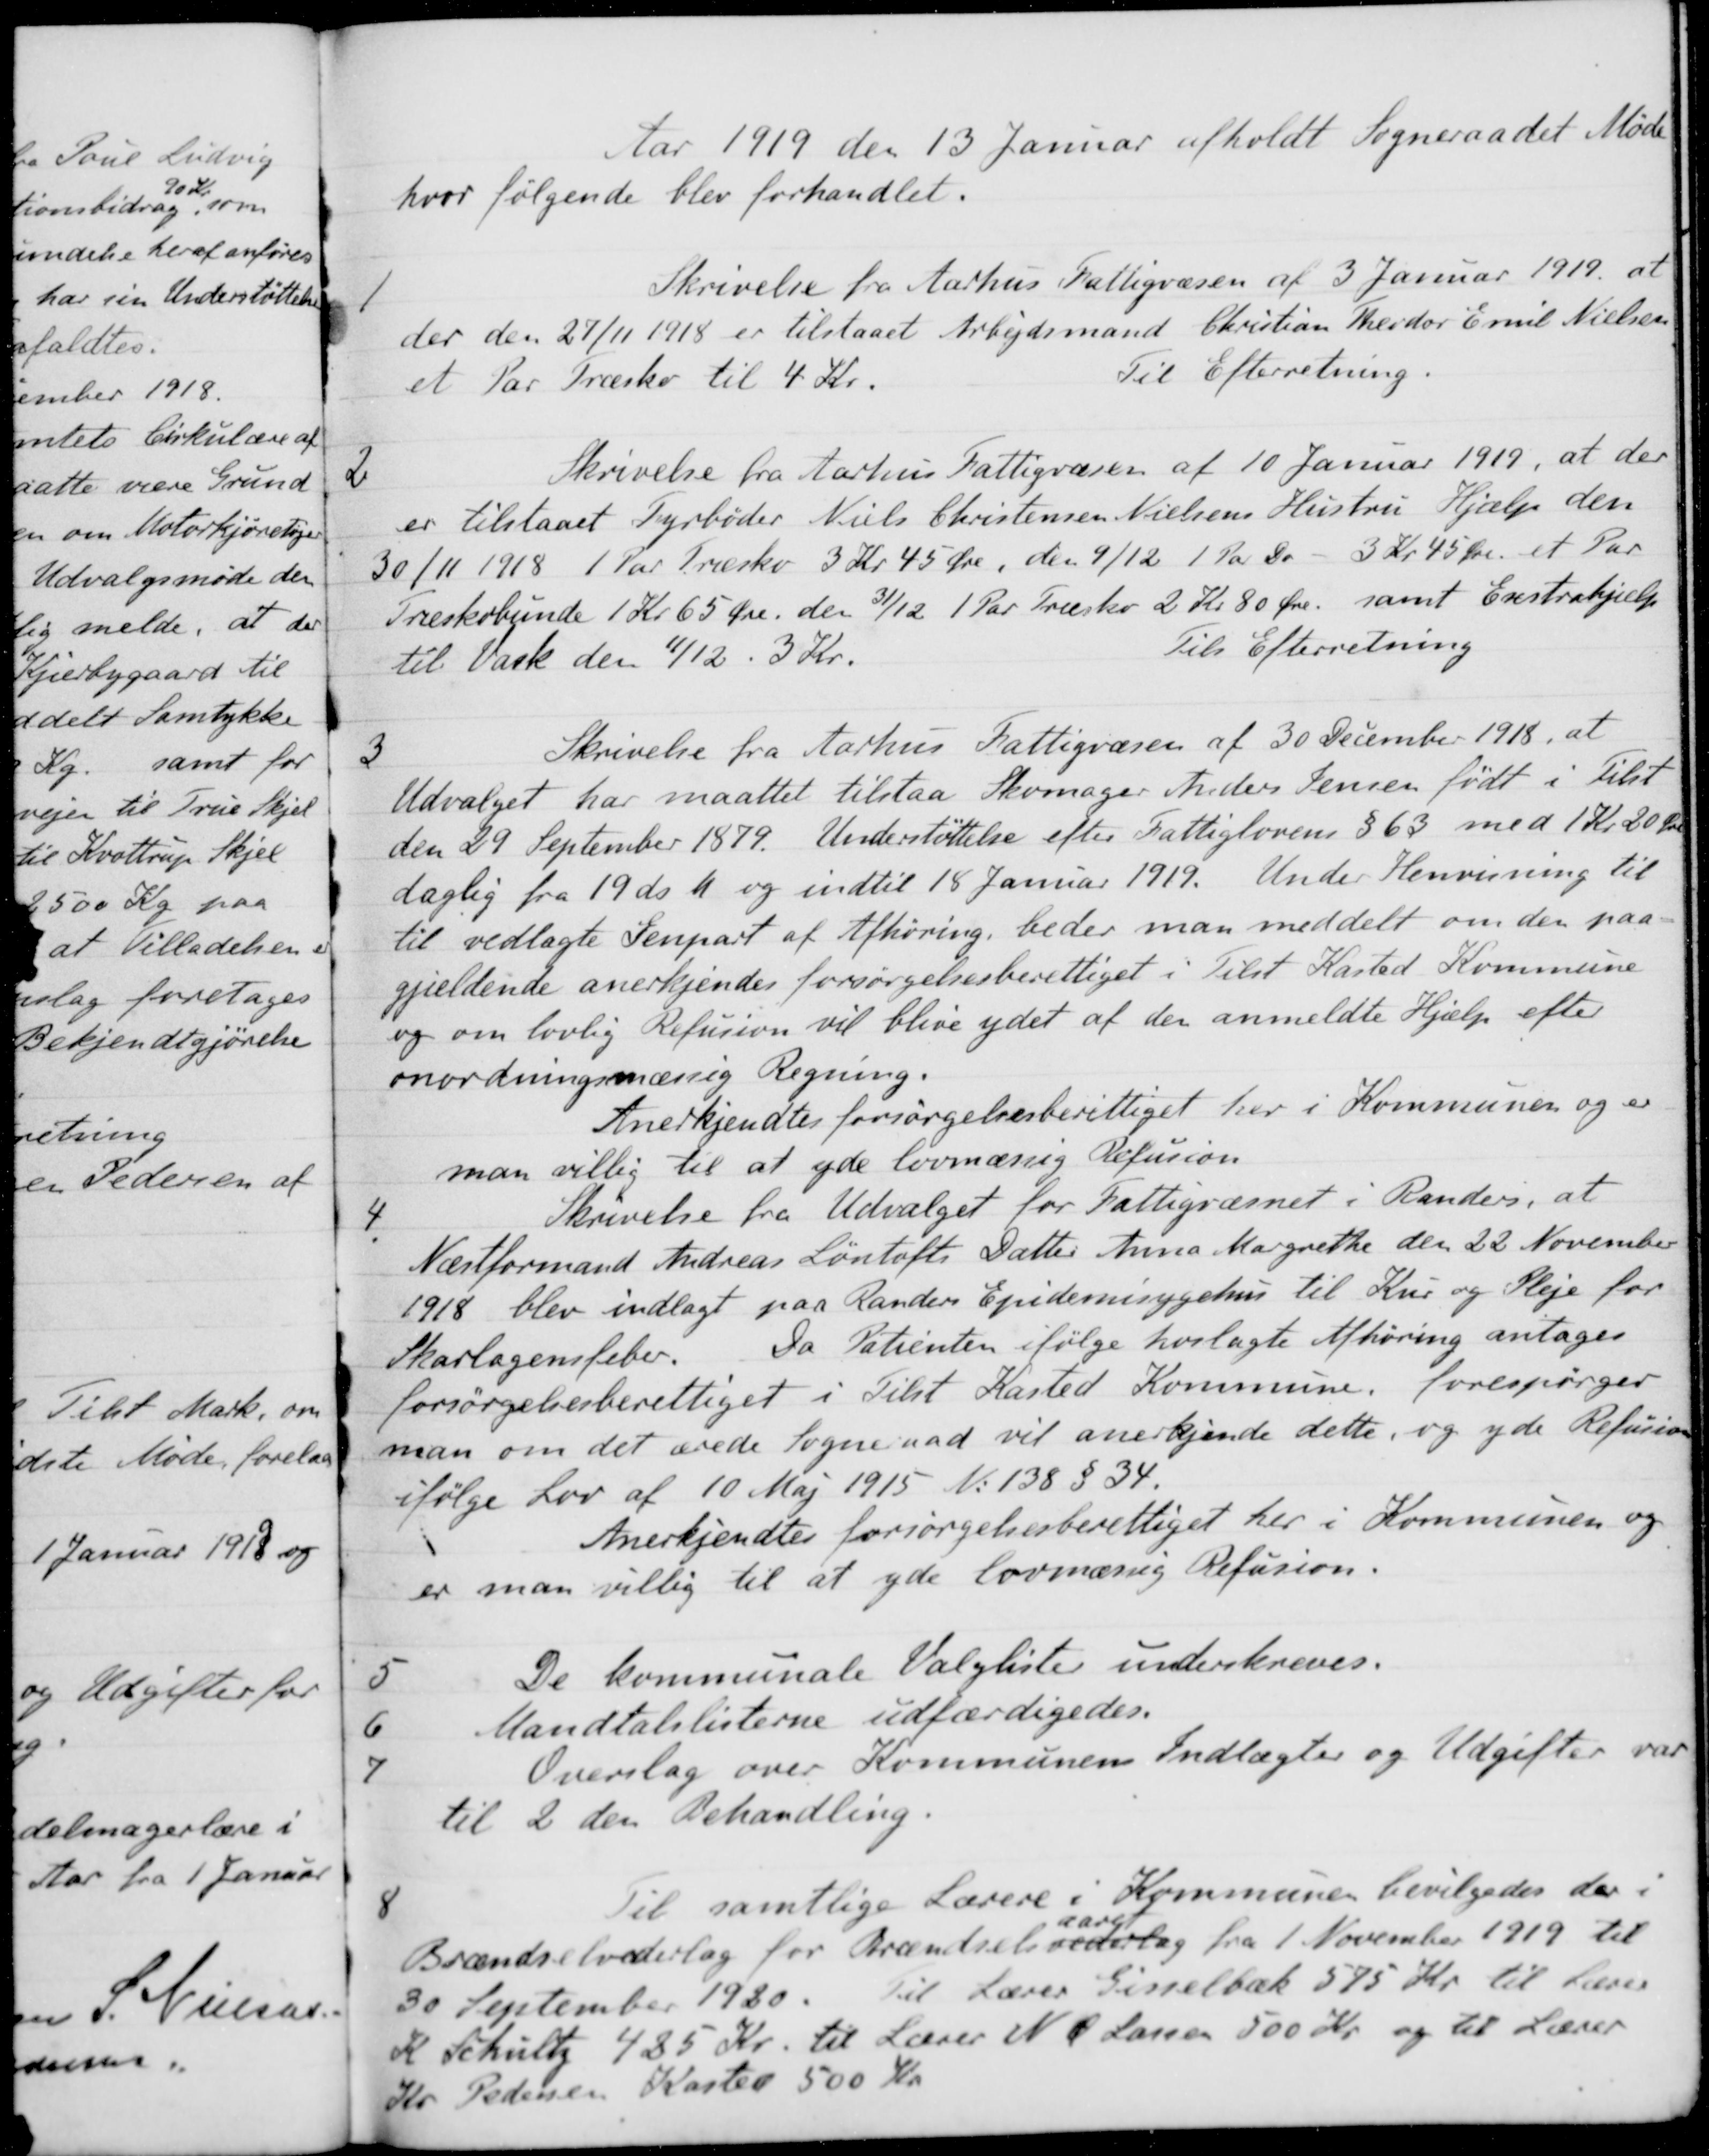
Transskription:
Aar 1919 den 13 Januar afholdt Sogneraadet Møde
hvor følgende blev forhandlet.
1
Skrivelse fra Aarhus Fattigvæsen af 3 Januar 1919 at
der den 27/11 1918 er tilstaaet Arbejdsmand Christian Theodor Emil Nielsen
et Par Træsko til 4 Kr.
Til Efterretning.
2
Skrivelse fra Aarhus Fattigvæsen af 10 Januar 1919, at der
er tilstaaet Fyrbøder Niels Christensen Nielsens Hustru Hjælp den
30/11 1918 1 Par Træsko 3 Kr 45 Øre, den 9/12 1 Par Do - 3 Kr 45 Øre et Par
Træskobunde 1 Kr 65 Øre den 31/12 1 Par Træsko 2 Kr 80 Øre samt Enstrahjælp
til Vask den 11/12. 3 Kr.
Til Efterretning
3
Skrivelse fra Aarhus Fattigvæsen af 30 December 1918, at
Udvalget har maattet tilstaa Skomager Anders Jensen født i Tilst
den 29 September 1879. Understøttelse efter Fattiglovens § 63 med 1 Kr. 20 Øre
daglig fra 19 d. M. og indtil 18 Januar 1919. Under Henvisning til
til vedlagte Genpart af Afhøring, beder man meddelt om den paa-
gjældende anerkjendes forsørgelsesberettiget i Tilst Kasted Kommune
og om lovlig Refusion vil blive ydet af den anmeldte Hjælp efter
anordningsmæssig Regning.
Anerkjendtes forsørgelsesberettiget her i Kommunen og er
man villig til at yde lovmæssig Refusion
4
Skrivelse fra Udvalget for Fattigvæsnet i Randers, at
Næstformand Andreas Løntofts Datter Anna Margrethe den 22 November
1918 blev indlagt paa Randers Epidemisygehus til Kur og Pleje for
Skarlagensfeber
Da Patienten ifølge hoslagte Afhøring antages
forsørgelsesberettiget i Tilst Kasted Kommune forespørger
man om det ærede Sogneraad vil anerkjende dette, og yde Refusion
ifølge Lov af 10 Maj 1915 N. 138 § 34.
Anerkjendtes forsørgelsesberettiget her i Kommunen og
er man villig til at yde lovmæssig Refusion.
5
De kommunale Valgliste underskreves.
6
Mandtalslisterne udfærdigedes.
7
Overslag over Kommunens Indtægter og Udgifter var
til 2 den Behandling.
8
Til samtlige Lærere i Kommunen bevilgedes der i
Brændselvederlag for Brændselsvederlag
aaret
fra 1 November 1919 til
30 September 1920
til Lærer Gisselbæk 575 Kr til Lærer
K Schultz 425 Kr. til Lærer N. Ø. Lassen 500 Kr. og til Lærer
Kr. Pedersen Kasted 500 Kr.